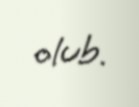
olub.